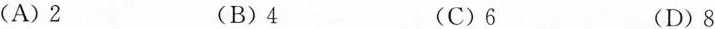
(A)2 (B)4 (C)6 (D)8